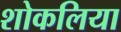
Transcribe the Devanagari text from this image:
शोकलिया